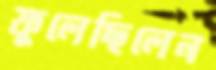
ফুলেছিলেন